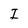
Character: I